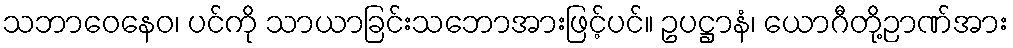
သဘာဝေနေဝ၊ ပင်ကို သာယာခြင်းသဘောအားဖြင့်ပင်။ ဥပဋ္ဌာနံ၊ ယောဂီတို့ဉာဏ်အား